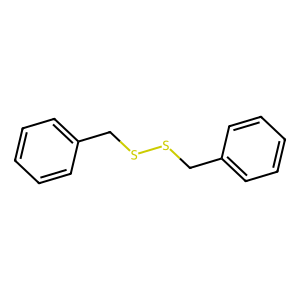
SMILES: c1ccc(CSSCc2ccccc2)cc1
Inhibits HIV replication: No